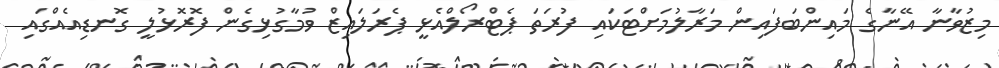
މިޒުވާނާ އޭނާގެ މައިންބަފައިން މަރާލުމަށްޓަކައި ފުރަތަ ޕެޓްރޯލްއެޅީ ޕެރަލައިޒް ވުމާގުޅިގެން ފޮރޮޅުލީ ގޮނޑިއެއްގައި